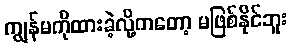
ကျွန်မကိုထားခဲ့လို့ကတော့ မဖြစ်နိုင်ဘူး